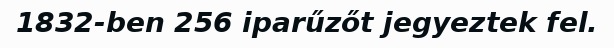
1832-ben 256 iparűzőt jegyeztek fel.